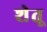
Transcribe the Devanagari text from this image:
शेतू